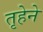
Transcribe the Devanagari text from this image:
तृहेने